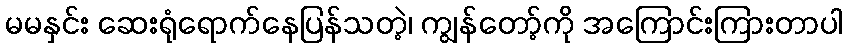
မမနှင်း ဆေးရုံရောက်နေပြန်သတဲ့၊ ကျွန်တော့်ကို အကြောင်းကြားတာပါ